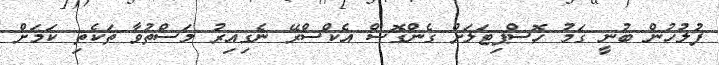
ފުލުހުން ބުނީ ގަމު ހޮސްޕިޓަލަށް ގެންގޮސް އެކްސްރޭ ނެގިއިރު މަސްތުވާ ތަކެތި ކަމަށް